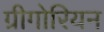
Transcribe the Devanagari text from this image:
ग्रीगोरियन